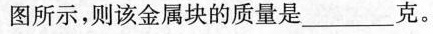
图所示，则该金属块的质量是___克。